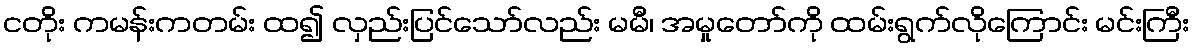
ငတိုး ကမန်းကတမ်း ထ၍ လှည်းပြင်သော်လည်း မမီ၊ အမှုတော်ကို ထမ်းရွက်လိုကြောင်း မင်းကြီး